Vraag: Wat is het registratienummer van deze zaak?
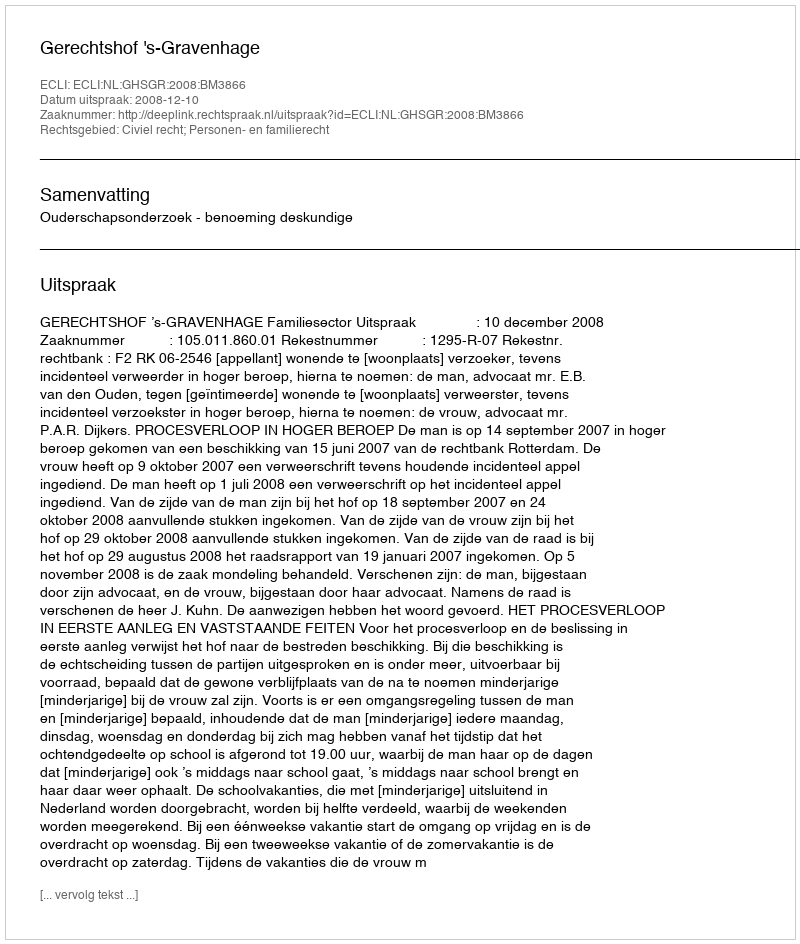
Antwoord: http://deeplink.rechtspraak.nl/uitspraak?id=ECLI:NL:GHSGR:2008:BM3866